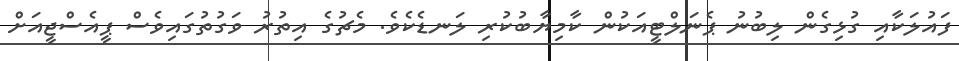
ފައުލަކާއި ގުޅިގެން ލިބުނު ޕެނަލްޓީއަކުން ކާމިިޔާބުކުރި ލަނޑެކެވެ. މެޗުގެ އިތުރު ވަގުތުގައިވެސް ޕީއެސްޖީއަށް